Report of the Indian Hemp Drugs Commission, 1894-1895 - Volume IV
Year: 1894
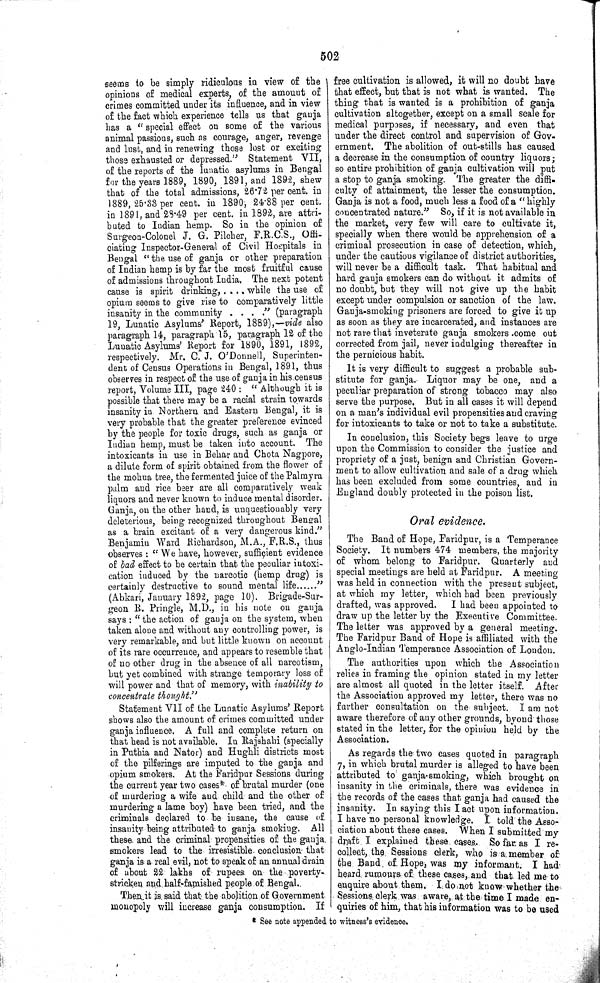
502
seems to be simply ridiculous in view of the
opinions of medical experts, of the amount of
crimes committed under its influence, and in view
of the fact which experience tells us that ganja
has a "special effect on some of the various
animal passions, such as courage, anger, revenge
and lust, and in renewing those lost or exciting
those exhausted or depressed." Statement VII,
of the reports of the lunatic asylums in Bengal
for the years 1889, 1890, 1891, and 1892, shew
that of the total admissions, 26.72 per cent. in
1889, 25.38 per cent. in 1890, 24.88 per cent.
in 1891, and 23.49 per cent. in 1892, are attri-
buted to Indian hemp. So in the opinion of
Surgeon-Colonel J. G. Pilcher, F.R.C.S., Offi-
ciating Inspector-General of Civil Hospitals in
Bengal "the use of ganja or other preparation
of Indian hemp is by far the most fruitful cause
of admissions throughout India. The next potent
cause is spirit drinking, .... while the use of
opium seems to give rise to comparatively little
insanity in the community . . . ." (paragraph
19, Lunatic Asylums' Report, 1889),—vide also
paragraph 14, paragraph 15, paragraph 12 of the
Lunatic Asylums' Report for 1890, 1891, 1892,
respectively. Mr. C. J. O'Donnell, Superinten-
dent of Census Operations in Bengal, 1891, thus
observes in respect of the use of ganja in his census
report, Volume III, page 240: "Although it is
possible that there may be a racial strain towards
insanity in Northern and Eastern Bengal, it is
very probable that the greater preference evinced
by the people for toxic drugs, such as ganja or
Indian hemp, must be taken into account. The
intoxicants in use in Behar and Chota Nagpore,
a dilute form of spirit obtained from the flower of
the mohua tree, the fermented juice of the Palmyra
palm and rice beer are all comparatively weak
liquors and never known to induce mental disorder.
Ganja, on the other hand, is unquestionably very
deleterious, being recognized throughout Bengal
as a brain excitant of a very dangerous kind."
Benjamin Ward Richardson, M.A., F.R.S., thus
observes: "We have, however, sufficient evidence
of bad effect to be certain that the peculiar intoxi-
cation induced by the narcotic (hemp drug) is
certainly destructive to sound mental life
"
(Abkari, January 1892, page 10). Brigade-Sur-
geon R. Pringle, M.D., in his note on ganja
says: "the action of ganja on the system, when
taken alone and without any controlling power, is
very remarkable, and but little known on account
of its rare occurrence, and appears to resemble that
of no other drug in the absence of all narcotism,
but yet combined with strange temporary loss of
will power and that of memory, with inability to
concentrate thought."
Statement VII of the Lunatic Asylums' Report
shows also the amount of crimes committed under
ganja influence. A full and complete return on
that head is not available. In Rajshahi (specially
in Puthia and Nator) and Hughli districts most
of the pilferings are imputed to the ganja and
opium smokers. At the Faridpur Sessions during
the current year two cases* of brutal murder (one
of murdering a wife and child and the other of
murdering a lame boy) have been tried, and the
criminals declared to be insane, the cause of.
insanity being attributed to ganja smoking.
All
these and the criminal propensities of the ganja.
smokers lead to the irresistible conclusion that
ganja is a real evil, not to speak of an annual drain
of about 22 lakhs of rupees on the poverty-
stricken and half-famished people of Bengal..
Then it is said that the abolition of Government
monopoly will increase ganja consumption.
If
free cultivation is allowed, it will no doubt have
that effect, but that is not what is wanted. The
thing that is wanted is a prohibition of ganja
cultivation altogether, except on a small scale for
medical purposes, if necessary, and even that
under the direct control and supervision of Gov-
ernment. The abolition of out-stills has caused
a decrease in the consumption of country liquors;
so entire prohibition of ganja cultivation will put
a stop to ganja smoking. The greater the diffi-
culty of attainment, the lesser the consumption.
Ganja is not a food, much less a food of a "highly
concentrated nature." So, if it is not available in
the market, very few will care to cultivate it,
specially when there would be apprehension of a
criminal prosecution in case of detection, which,
under the cautious vigilance of district authorities,
will never be a difficult task. That habitual and
hard ganja smokers can do without it admits of
no doubt, but they will not give up the habit
except under compulsion or sanction of the law.
Ganja-smoking prisoners are forced to give it up
as soon as they are incarcerated, and instances are
not rare that inveterate ganja smokers come out
corrected from jail, never indulging thereafter in
the pernicious habit.
It is very difficult to suggest a probable sub-
stitute for ganja. Liquor may be one, and a
peculiar preparation of strong tobacco may also
serve the purpose. But in all cases it will depend
on a man's individual evil propensities and craving
for intoxicants to take or not to take a substitute.
In conclusion, this Society begs leave to urge
upon the Commission to consider the justice and
propriety of a just, benign and Christian Govern-
ment to allow cultivation and sale of a drug which
has been excluded from some countries, and in
England doubly protected in the poison list.
Oral evidence.
The Band of Hope, Faridpur, is a Temperance
Society. It numbers 474 members, the majority
of whom belong to Faridpur. Quarterly and
special meetings are held at Faridpur. A meeting
was held in connection with the present subject,
at which my letter, which had been previously
drafted, was approved.
I had been appointed to
draw up the letter by the Executive Committee.
The letter was approved by a general meeting.
The Faridpur Band of Hope is affiliated with the
Anglo-Indian Temperance Association of London.
The authorities upon which the Association
relies in framing the opinion stated in my letter
are almost all quoted in the letter itself.
After
the Association approved my letter, there was no
further consultation on the subject. I am not
aware therefore of any other grounds, byond those
stated in the letter, for the opinion held by the
Association.
As regards the two cases quoted in paragraph
7, in which brutal murder is alleged to have been
attributed to ganja-smoking, which brought on
insanity in the criminals, there was evidence in
the records of the cases that ganja had caused the
insanity. In saying this I act upon information.
I have no personal knowledge. I told the Asso-
ciation about these cases. When I submitted my
draft I explained these cases. So far as I re-
collect, the Sessions clerk, who is a member of
the Band of Hope, was my informant. I had
heard rumours of these cases, and that led me to
enquire about them. I do not know whether the
Sessions clerk was aware, at the time I made en-
quiries of him, that his information was to be used
* See note appended to witness's evidence.